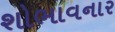
શોભાવનાર